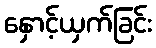
နှောင့်ယှက်ခြင်း